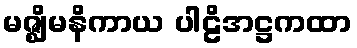
မဇ္ဈိမနိကာယ ပါဠိအဋ္ဌကထာ